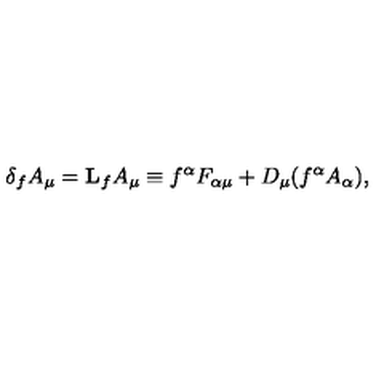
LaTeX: \delta _ { f } A _ { \mu } = { \bf L } _ { f } A _ { \mu } \equiv f ^ { \alpha } F _ { \alpha \mu } + D _ { \mu } ( f ^ { \alpha } A _ { \alpha } ) ,